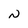
Character: N